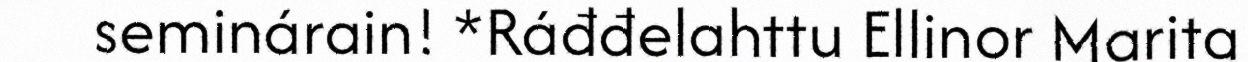
seminárain! *Ráđđelahttu Ellinor Marita